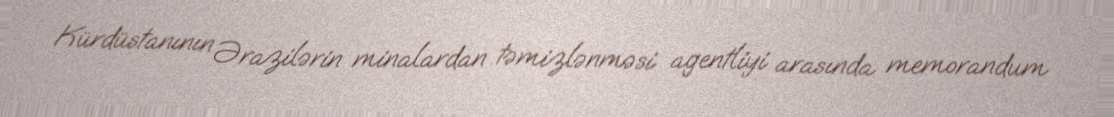
Kürdüstanının Ərazilərin minalardan təmizlənməsi agentliyi arasında memorandum